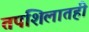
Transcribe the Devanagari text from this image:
तपशिलातही